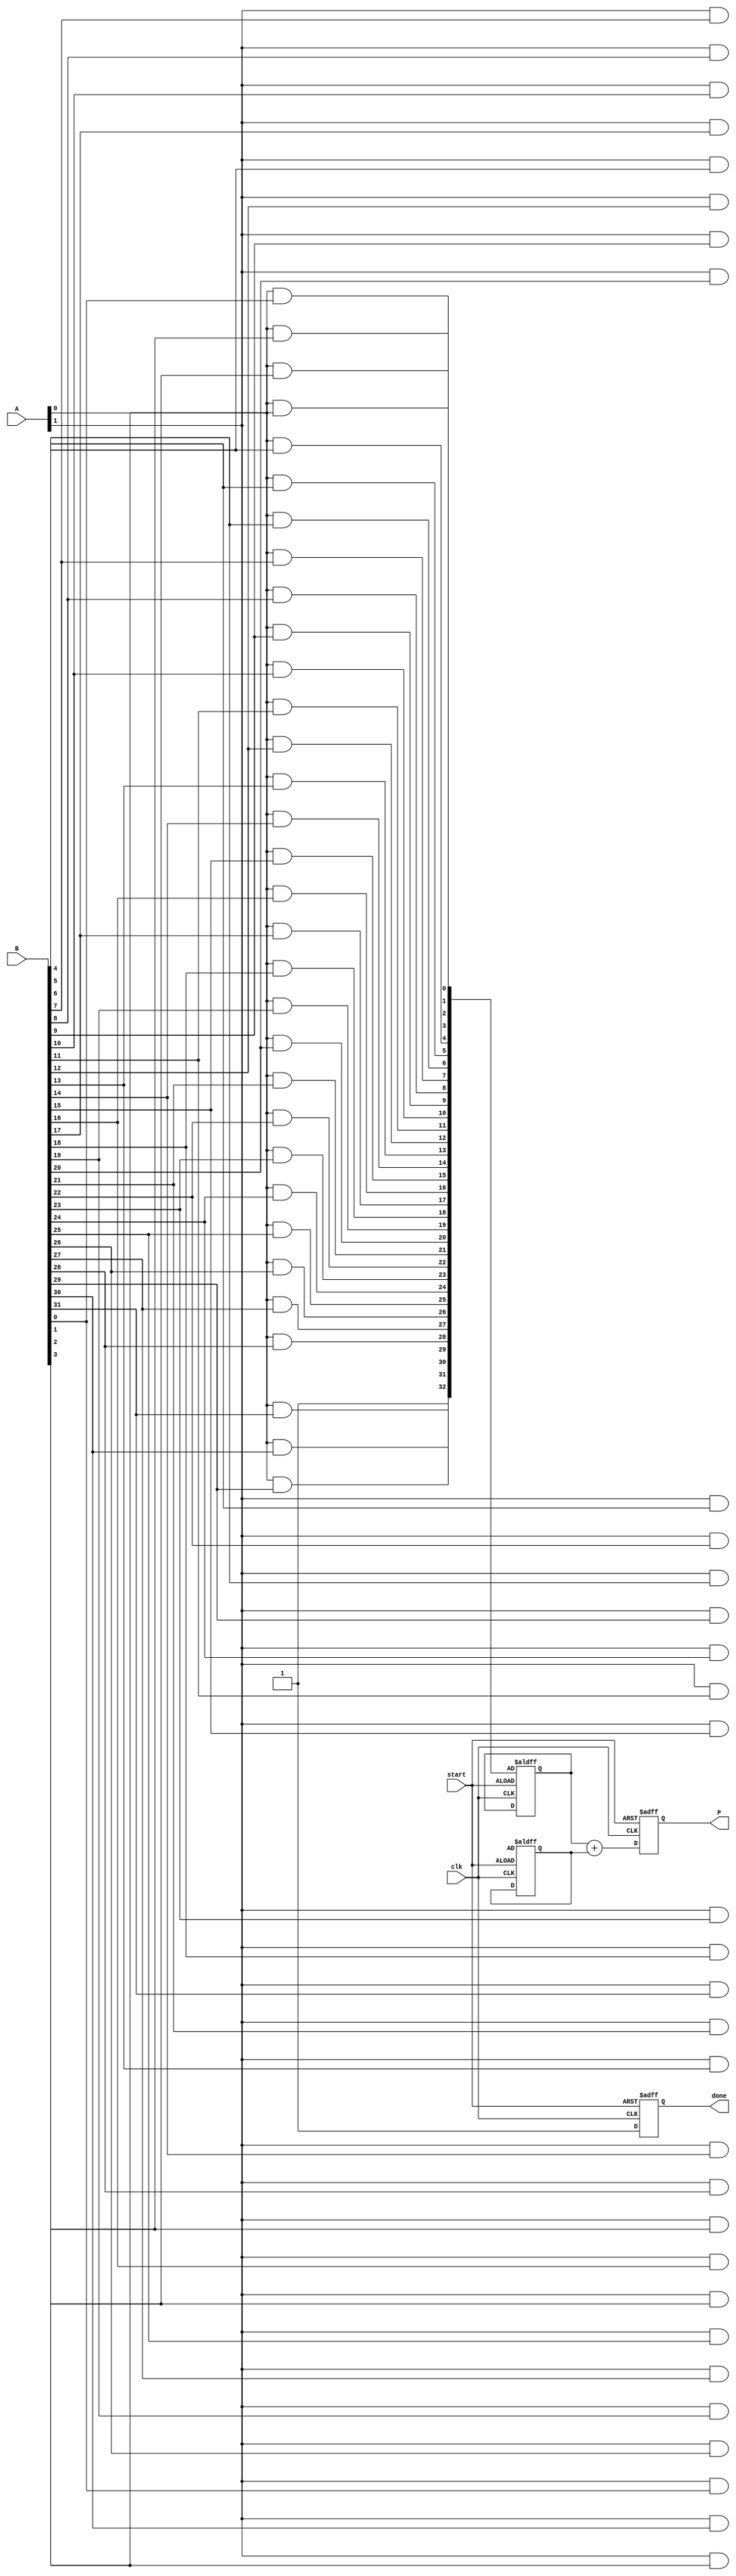
module WallaceTreeMultiplier #(
    parameter WIDTH_A = 32, // Bit-width of operand A
    parameter WIDTH_B = 32  // Bit-width of operand B
)(
    input [WIDTH_A-1:0] A, // Input operand A
    input [WIDTH_B-1:0] B, // Input operand B
    input clk,             // Clock signal for control
    input start,           // Start signal to initiate multiplication
    output reg [WIDTH_A + WIDTH_B - 1:0] P, // Product output
    output reg done        // Done signal to indicate end of multiplication
);

    // Internal variables
    reg [WIDTH_A + WIDTH_B - 1:0] partial_products[0:WIDTH_A-1]; // Array to hold partial products
    reg [WIDTH_A + WIDTH_B - 1:0] summed_row[0:WIDTH_A + WIDTH_B - 1]; // Summed rows for Wallace tree
    integer i, j, k;
    
    // Generate partial products
    always @(*) begin
        for (i = 0; i < WIDTH_A; i = i + 1) begin
            for (j = 0; j < WIDTH_B; j = j + 1) begin
                partial_products[i][i + j] = A[i] & B[j]; // A[i] AND B[j]
            end
        end
    end

    // Wallace tree reduction process
    always @(posedge clk or negedge start) begin
        if (!start) begin
            P <= 0;
            done <= 0;
            // Initialization
            for (k = 0; k < WIDTH_A + WIDTH_B; k = k + 1) begin
                summed_row[k] <= partial_products[k];
            end
        end
        else begin
            // Reduce partial products in levels
            for (i = 0; i < WIDTH_A + WIDTH_B; i = i + 1) begin
                // Process each level as needed
                // Use half adders and full adders to reduce rows
                // Note: You'll need to implement a systematic way to apply HA and FA
                // This part requires specific logic to manage pairs of bits
                // This is an illustrative example and needs proper FA/HA design
                // Add your HA and FA reduction logic here
            end
            
            // Final summation (This is often done with a carry save adder or CLA)
            P <= summed_row[0] + summed_row[1]; // Simplified final addition
            done <= 1; // Indicate done
        end
    end

endmodule